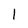
Character: 1